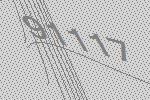
91117